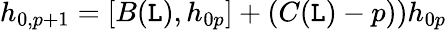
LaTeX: h_{0,p+1}=[B(\mathtt{L}),h_{0p}]+\left(C(\mathtt{L})-p)\right)h_{0p}